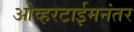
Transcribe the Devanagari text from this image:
ओव्हरटाईमनंतर